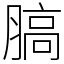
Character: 䐧